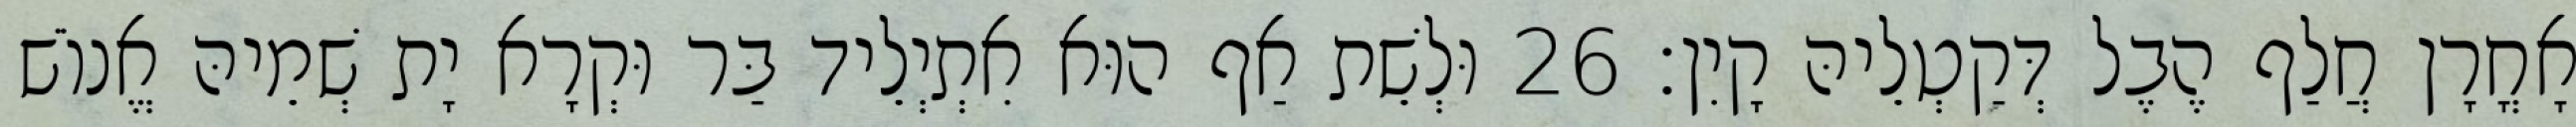
אָחֳרָן חֲלַף הֶבֶל דְּקַטְלֵיהּ קָיִן׃ 26 וּלְשֵׁת אַף הוּא אִתְיְלֵיד בַּר וּקְרָא יָת שְׁמֵיהּ אֱנוֹשׁ